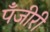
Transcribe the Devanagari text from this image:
पँजीरी